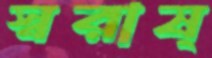
স্বরাষ্